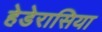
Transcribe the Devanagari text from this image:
हेडेरासिया